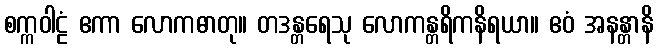
စက္ကဝါဠံ ဧကာ လောကဓာတု။ တဒန္တရေသု လောကန္တရိကနိရယာ။ ဧဝံ အနန္တာနိ